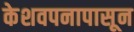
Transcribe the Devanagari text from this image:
केशवपनापासून